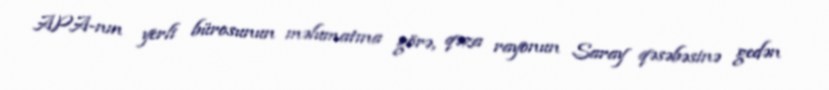
APA-nın yerli bürosunun məlumatına görə, qəza rayonun Saray qəsəbəsinə gedən